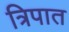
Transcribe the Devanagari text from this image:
त्रिपात